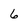
Character: 6